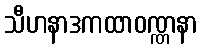
သီဟနာဒကထာဝဏ္ဏနာ